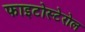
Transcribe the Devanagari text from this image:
फाइटोस्टेरोल